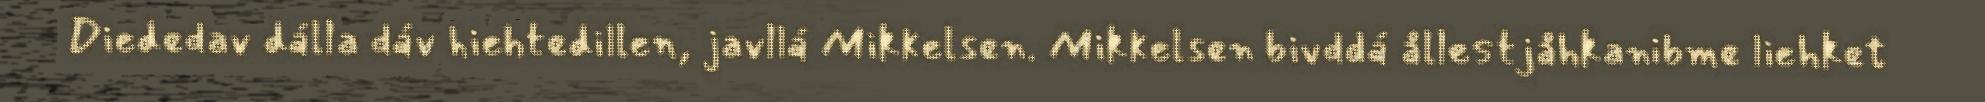
Diededav dálla dáv hiehtedillen, javllá Mikkelsen. Mikkelsen bivddá ållestjåhkanibme liehket